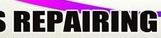
repairing